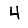
Digit: 4